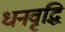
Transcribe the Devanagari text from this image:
धनवृद्धि